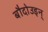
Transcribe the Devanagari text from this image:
बौदोउइन्